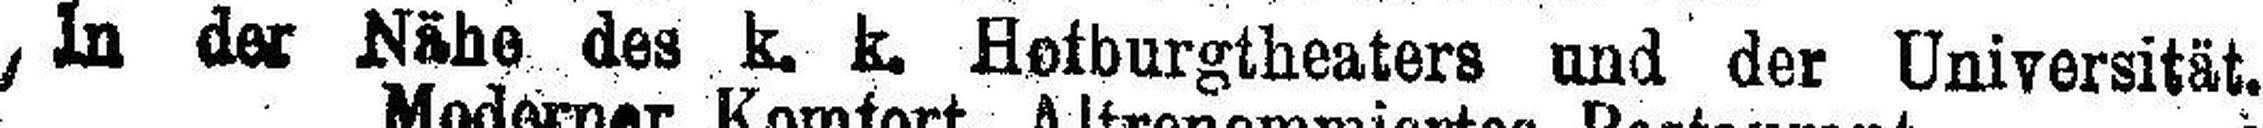
In der Nähe des k. k. Hotburgtheaters und der Universität.